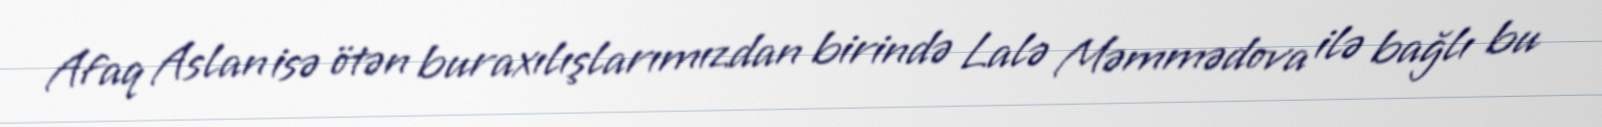
Afaq Aslan isə ötən buraxılışlarımızdan birində Lalə Məmmədova ilə bağlı bu